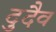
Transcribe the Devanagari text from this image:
दुदैव